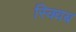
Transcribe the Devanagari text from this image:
स्क्विब